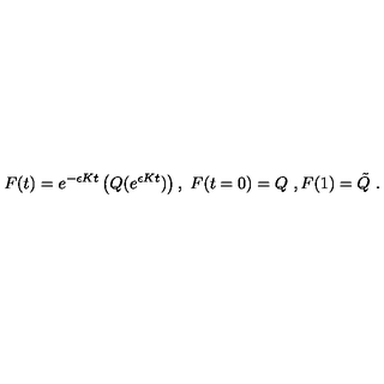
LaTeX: F ( t ) = e ^ { - \epsilon K t } \left( Q ( e ^ { \epsilon K t } ) \right) , \ F ( t = 0 ) = Q \ , F ( 1 ) = \tilde { Q } \ .